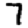
Digit: 7